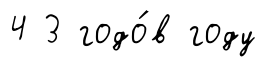
4 3 годо́в году